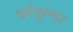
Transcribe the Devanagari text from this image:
धर्मधुरन्धर